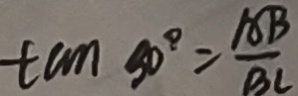
\tan 9 0 ^ { \circ } = \frac { A B } { B C }